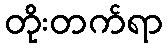
တိုးတက်ရာ